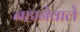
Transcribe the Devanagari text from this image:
नहानेवाले